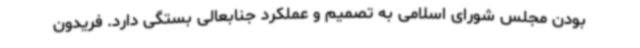
بودن مجلس شورای اسلامی به تصمیم و عملکرد جنابعالی بستگی دارد. فریدون